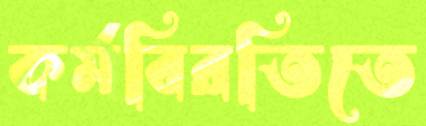
কর্মবিরতিতে